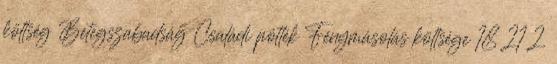
költség Betegszabadság Családi pótlék Fénymásolás költsége 18 21 2.